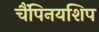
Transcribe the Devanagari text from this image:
चैंपिनयशिप